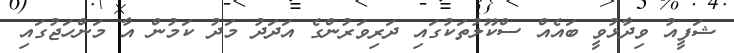
ޝަފީއު ވިދާޅުވީ ބައެއް ސްކޫލުތަކުގައި ދަރިވަރުންގެ އަދަދު މަދު ކަމުން އާ މަންހަޖުގައި